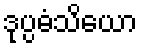
ဒုပ္ပဓံသိယော